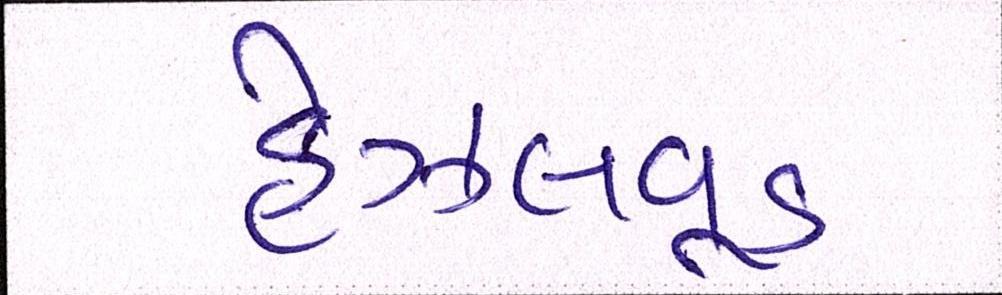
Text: હેઝલવૂડ